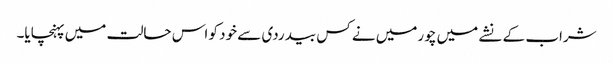
شراب کے نشے میں چورمیں نے کس بیدردی سے خود کو اس حالت میں پہنچایا۔